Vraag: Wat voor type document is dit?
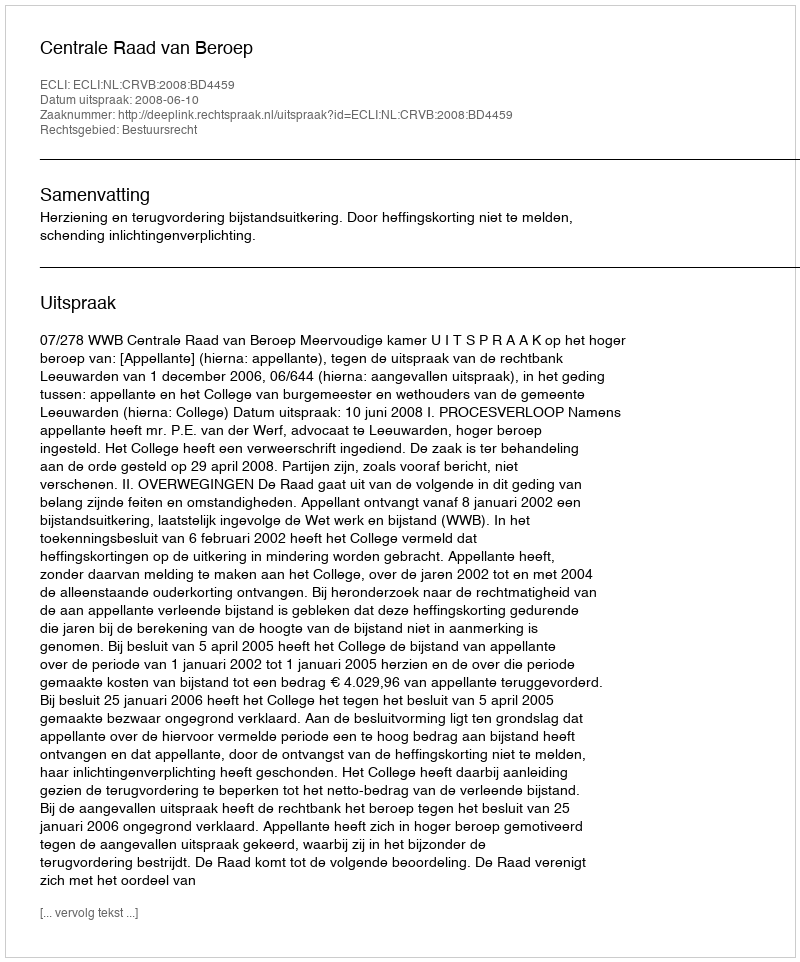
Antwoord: Uitspraak